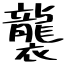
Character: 襲